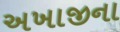
અખાજીના